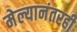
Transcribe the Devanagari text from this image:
मेल्यानंतरही